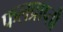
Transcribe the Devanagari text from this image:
फलप्राप्तौ